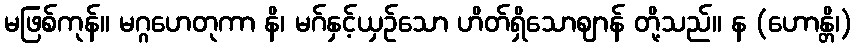
မဖြစ်ကုန်။ မဂ္ဂဟေတုကာ နိ၊ မဂ်နှင့်ယှဉ်သော ဟိတ်ရှိသောဈာန် တို့သည်။ န (ဟောန္တိ၊)